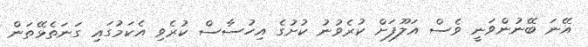
އޭނަ ބޭނުންވަނީ ވެސް އަލޫފަށް ކުރެވުނު ކުށުގެ އިހުސާސް ކުރެވި އެކަމުގައި ގަނަތެޅޭތަން